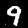
Digit: 9